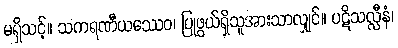
မရှိသင့်။ သကရဏီယဿေဝ၊ ပြုဖွယ်ရှိသူအားသာလျှင်။ ပဋိသလ္လီနံ၊